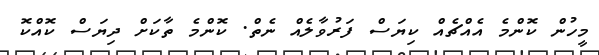
މީހުން ކޮންމެ އެއްޗެއް ކިޔަސް ފަރުވާލެއް ނެތް. ކޮންމެ ތާކަށް ދިޔަސް ކޮއްކޮ